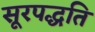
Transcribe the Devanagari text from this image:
सूरपद्धति